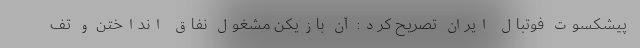
پیشکسوت فوتبال ایران تصریح کرد: آن بازیکن مشغول نفاق انداختن و تف